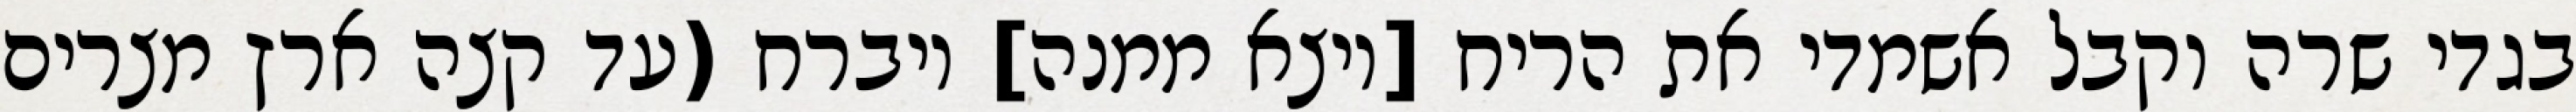
בגדי שרה וקבל אשמדי את הריח [ויצא ממנה] ויברח (עד קצה ארץ מצרים